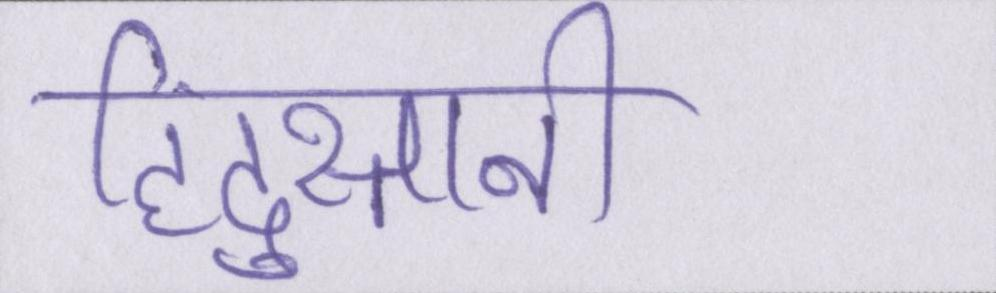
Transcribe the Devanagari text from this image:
हिंदुस्तानी